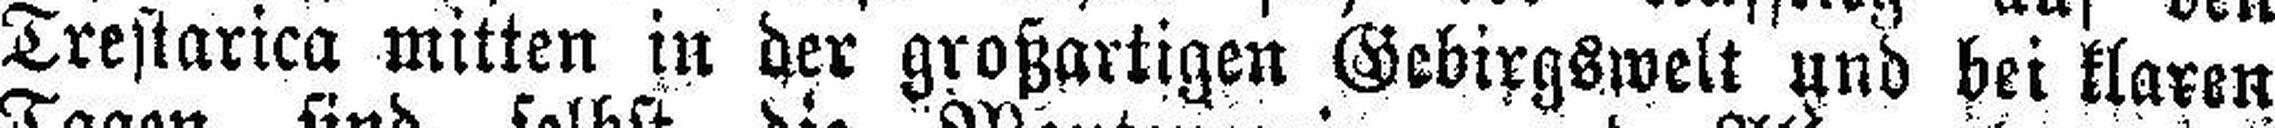
Trestarica mitten in der großartigen Gebirgswelt und bei klaren